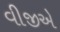
વીજીએ